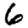
Digit: 6